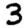
Digit: 3